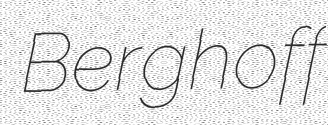
Berghoff